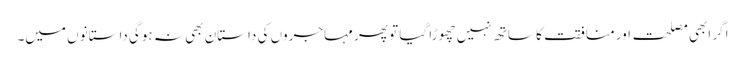
اگر ابھی مصلحت اور منافقت کا ساتھ نہیں چھوڑا گیا تو پھر مہاجروں کی داستان بھی نہ ہوگی داستانوں میں۔